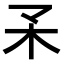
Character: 𣎼